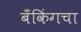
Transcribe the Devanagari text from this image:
बँकिंगचा